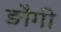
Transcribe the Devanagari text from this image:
ङौगी